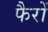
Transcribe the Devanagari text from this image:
फैरों